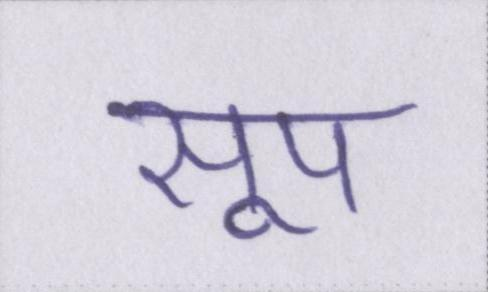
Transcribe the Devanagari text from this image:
सूप